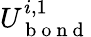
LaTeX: U_{\mathrm{~b~o~n~d~}}^{i,1}